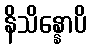
နိသိန္နောပိ